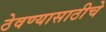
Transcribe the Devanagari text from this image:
ठेवण्यासाठीचे